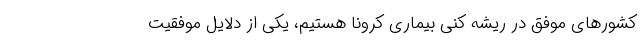
کشور‌های موفق در ریشه کنی بیماری کرونا هستیم، یکی از دلایل موفقیت